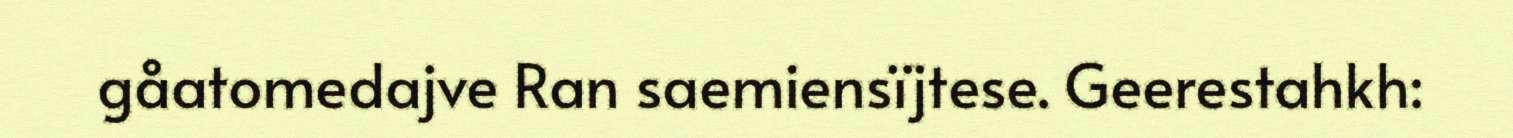
gåatomedajve Ran saemiensïjtese. Geerestahkh: